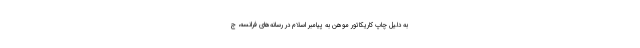
به دلیل چاپ کاریکاتور موهن به پیامبر اسلام در رسانه‌های فرانسه، ج